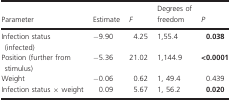
| Parameter | Estimate | F | Degrees of freedom | P |
 | --- | --- | --- | --- | --- |
 | Infection status (infected) | −9.90 | 4.25 | 1,55.4 | 0.038 |
 | Position (further from stimulus) | −5.36 | 21.02 | 1,144.9 | <0.0001 |
 | Weight | −0.06 | 0.62 | 1, 49.4 | 0.439 |
 | Infection status × weight | 0.09 | 5.67 | 1, 56.2 | 0.020 |